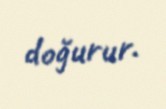
doğurur.